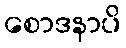
စောဒနာပိ